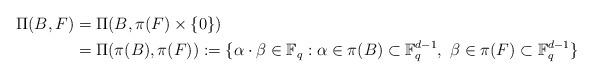
LaTeX: \begin{align*}\Pi(B, F)&=\Pi(B, \pi(F)\times \{0\})\\ &=\Pi(\pi(B), \pi(F)):=\{\alpha\cdot \beta\in \mathbb F_q: \alpha\in \pi(B)\subset \mathbb F_q^{d-1}, ~\beta\in \pi(F) \subset \mathbb F_q^{d-1} \}\end{align*}